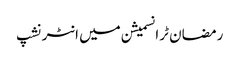
رمضان ٹرانسمیشن میں انٹرنشپ